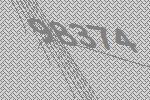
98374